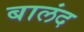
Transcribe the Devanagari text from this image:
बालंद